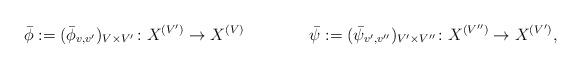
LaTeX: \begin{align*}\bar\phi:=(\bar\phi_{v,v'})_{V\times V'}\colon X^{(V')}\to X^{(V)}\qquad\qquad\bar \psi:=(\bar\psi_{v',v''})_{V'\times V''}\colon X^{(V'')}\to X^{(V')},\quad\end{align*}